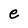
Character: e